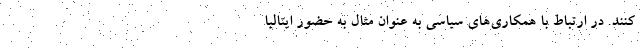
کنند. در ارتباط با همکاری‌های سیاسی به عنوان مثال به حضور ایتالیا